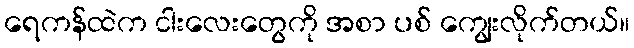
ရေကန်ထဲက ငါးလေးတွေကို အစာ ပစ် ကျွေးလိုက်တယ်။